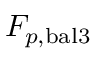
F _ { p , { \mathrm { b a l } } 3 }